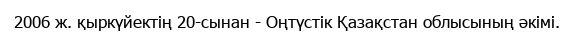
2006 ж. қыркүйектің 20-сынан - Оңтүстік Қазақстан облысының әкімі.